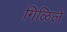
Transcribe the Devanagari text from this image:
गिळिले